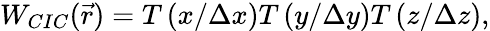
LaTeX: W_{CIC}(\vec{r})=T\left(x/\Delta x\right)T\left(y/\Delta y\right)T\left(z/\Delta z\right),